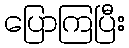
ပြောကြပြီး